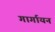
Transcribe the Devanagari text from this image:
गार्गायन